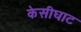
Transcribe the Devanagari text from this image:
केसीघाट